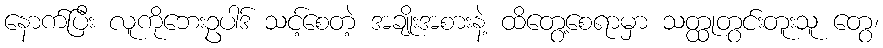
နောက်ပြီး လူကိုဘေးဥပါဒ် သင့်စေတဲ့ အချိုးအစားနဲ့ ထိတွေ့စေရာမှာ သတ္ထုတွင်းတူးသူ တွေ၊